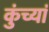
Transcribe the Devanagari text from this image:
कुंच्यां